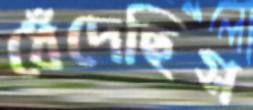
ধেঁদেছিস